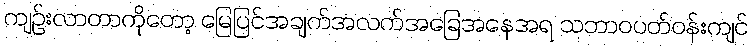
ကျဉ်းလာတာကိုတော့ မြေပြင်အချက်အလက်အခြေအနေအရ သဘာဝပတ်ဝန်းကျင်